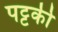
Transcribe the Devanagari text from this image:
पट्टकी